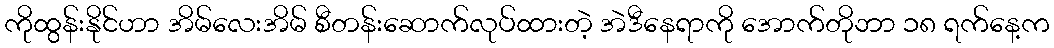
ကိုထွန်းနိုင်ဟာ အိမ်လေးအိမ် စီတန်းဆောက်လုပ်ထားတဲ့ အဲဒီနေရာကို အောက်တိုဘာ ၁၈ ရက်နေ့က